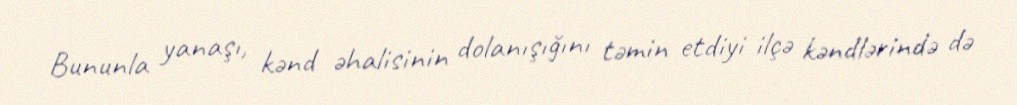
Bununla yanaşı, kənd əhalisinin dolanışığını təmin etdiyi ilçə kəndlərində də